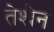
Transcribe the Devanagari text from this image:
तेशेन